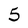
Character: 5